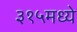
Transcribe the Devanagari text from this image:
३१५मध्ये